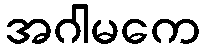
အဂါမကေ